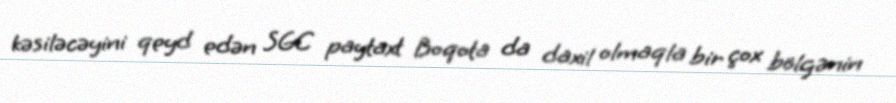
kəsiləcəyini qeyd edən SGC paytaxt Boqota da daxil olmaqla bir çox bölgənin